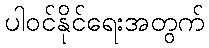
ပါဝင်နိုင်ရေးအတွက်